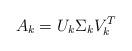
LaTeX: \begin{align*}A_k = U_k\Sigma_kV_k^T\end{align*}